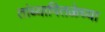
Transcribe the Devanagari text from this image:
तांब्यापितळेच्या